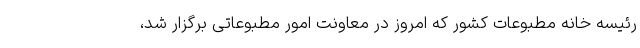
رئیسه خانه مطبوعات کشور که امروز در معاونت امور مطبوعاتی برگزار شد،